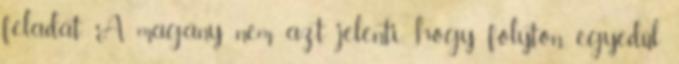
feladat. A magány nem azt jelenti, hogy folyton egyedül